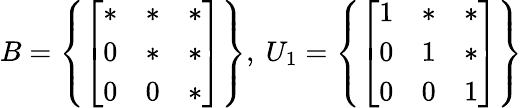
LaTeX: B=\left\{ {\left[\begin{array}{lll}{*}&{*}&{*}\\ {0}&{*}&{*}\\ {0}&{0}&{*}\end{array}\right]}\right\} ,{\mathrm{~}}U_{1}=\left\{ {\left[\begin{array}{lll}{1}&{*}&{*}\\ {0}&{1}&{*}\\ {0}&{0}&{1}\end{array}\right]}\right\}